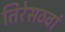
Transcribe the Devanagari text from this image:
तिरेसठवां